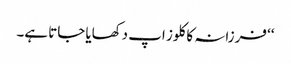
‘‘ فرزانہ کا کلوز اپ دکھایا جاتا ہے۔